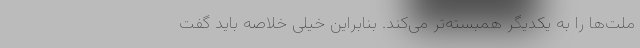
ملت‌ها را به یکدیگر همبسته‌تر می‌کند. بنابراین خیلی خلاصه باید گفت